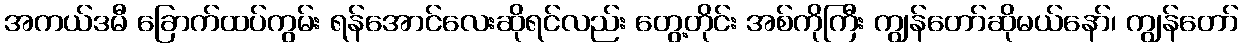
အကယ်ဒမီ ခြောက်ထပ်ကွမ်း ရန်အောင်လေးဆိုရင်လည်း တွေ့တိုင်း အစ်ကိုကြီး ကျွန်တော်ဆိုမယ်နော်၊ ကျွန်တော်